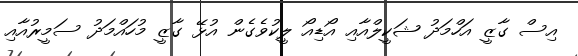
އިސް ގާޒީ އަހްމަދު ޝަކީލްއާއި އޯޑިއޯ ލީކުވެގެން އުޅޭ ގާޒީ މުހައްމަދު ސަމީރުއާއި